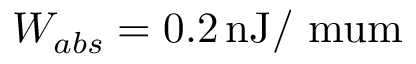
W _ { a b s } = 0 . 2 \, \mathrm { n J / \ m u m }